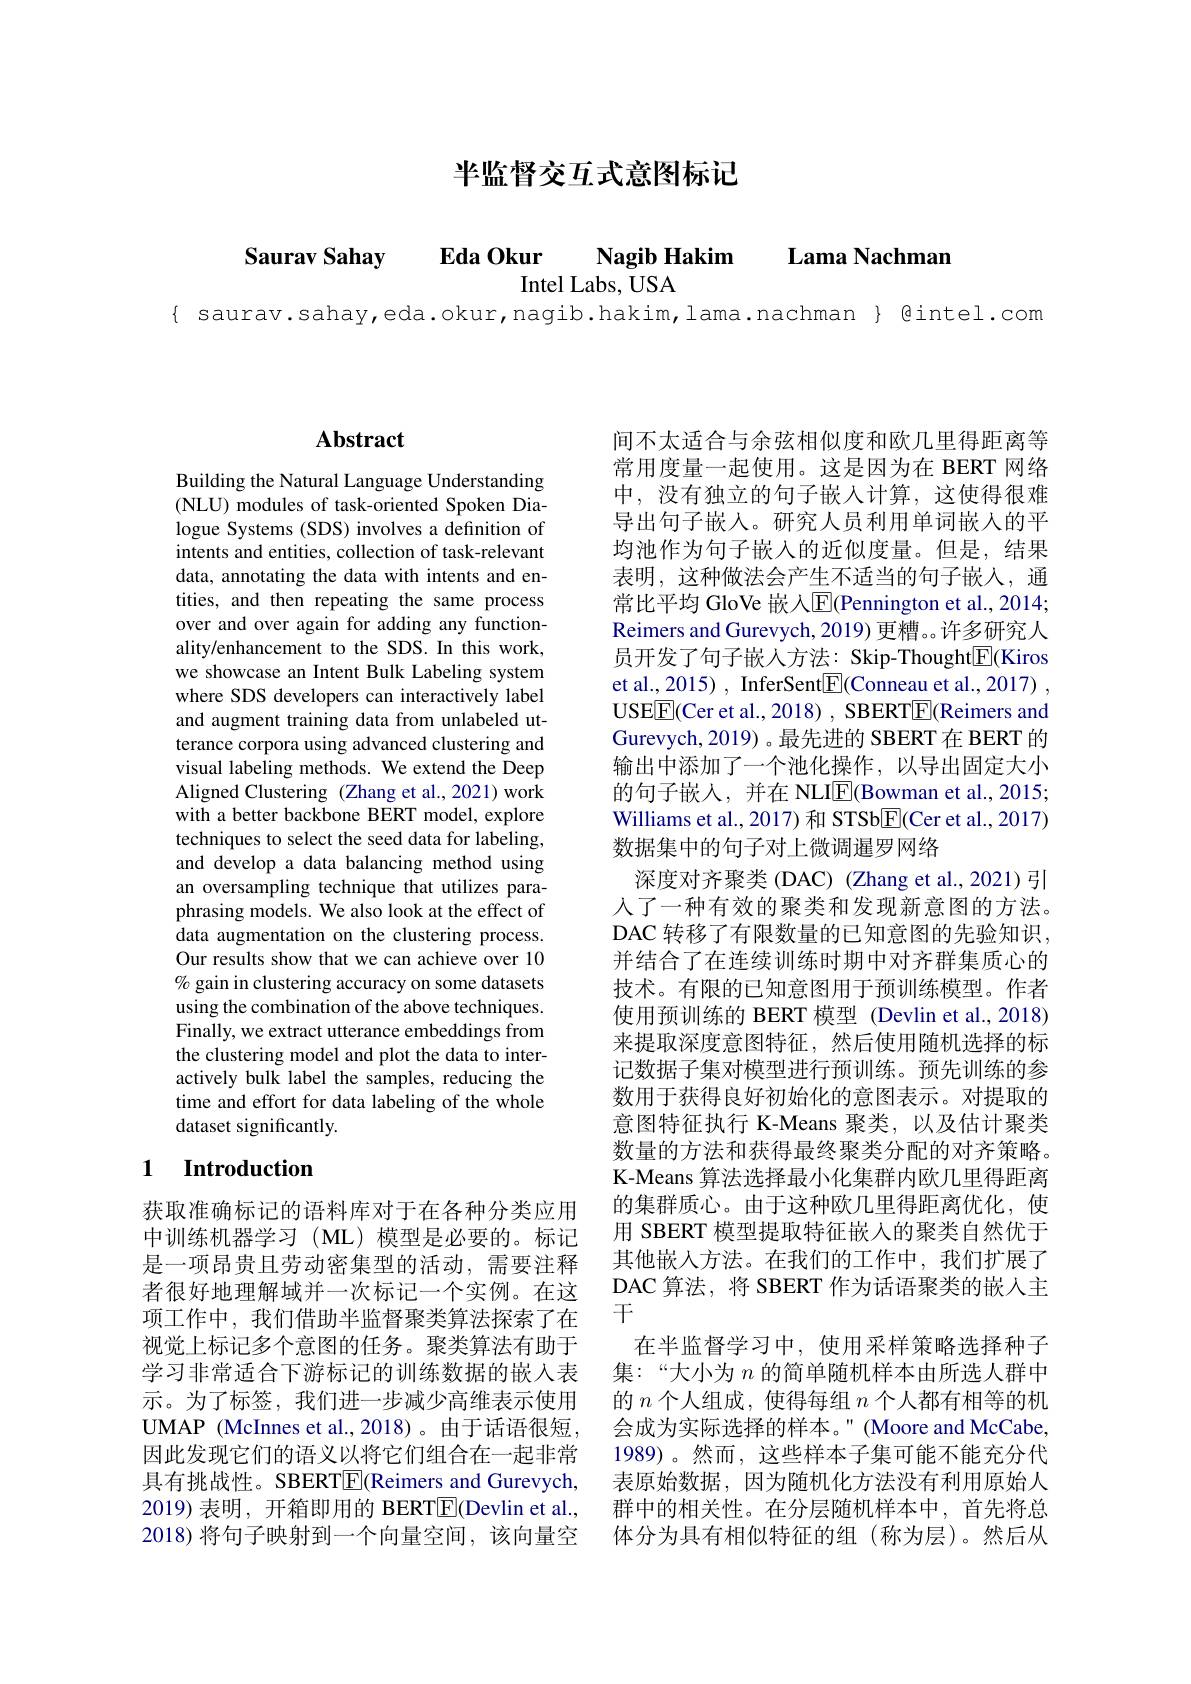
半监督交互式意图标记

$\textbf{Eda Okur}$ $\textbf{Nagib Hakim}$

Lama Nachman

Saurav Sahay

Intel Labs, USA

{ saurav.sahay,eda.okur,nagib.hakim,lama.nachman} βintel.com

## $\mathbf{Abstract}$

Building the Natural Language Understanding (NLU) modules of task-oriented Spoken Dialogue Systems (SDS) involves a definition of intents and entities, collection of task-relevant data, annotating the data with intents and entities, and then repeating the same process over and over again for adding any functionality/enhancement to the SDS. In this work, we showcase an Intent Bulk Labeling system where SDS developers can interactively label and augment training data from unlabeled utterance corpora using advanced clustering and visual labeling methods. We extend the Deep Aligned Clustering (Zhang et al., 2021) work with a better backbone BERT model, explore techniques to select the seed data for labeling, and develop a data balancing method using an oversampling technique that utilizes paraphrasing models. We also look at the effect of data augmentation on the clustering process. Our results show that we can achieve over 10 % gain in clustering accuracy on some datasets using the combination of the above techniques. Finally, we extract utterance embeddings from the clustering model and plot the data to interactively bulk label the samples, reducing the time and effort for data labeling of the whole dataset significantly.

### 1 $\textbf{Introduction}$

获取准确标记的语料库对于在各种分类应用中训练机器学习(ML)模型是必要的。标记是一项昂贵且劳动密集型的活动，需要注释者很好地理解域并一次标记一个实例。在这项工作中，我们借助半监督聚类算法探索了在视觉上标记多个意图的任务。聚类算法有助于学习非常适合下游标记的训练数据的嵌入表示。为了标签，我们进一步减少高维表示使用UMAP (McInnes et al.,2018)。由于话语很短， 因此发现它们的语义以将它们组合在一起非常具有挑战性。SBERT$\boxed{\mathrm{E}}$(Reimers and Gurevych, 2019) 表明，开箱即用的 BERT$\boxed{\mathrm{F}}($Devlin et al., 2018) 将句子映射到一个向量空间，该向量空

间不太适合与余弦相似度和欧几里得距离等常用度量一起使用。这是因为在 BERT 网络中，没有独立的句子嵌人计算，这使得很难导出句子嵌入。研究人员利用单词嵌入的平均池作为句子嵌入的近似度量。但是，结果表明，这种做法会产生不适当的句子嵌人，通常比平均 GloVe 嵌入$\overline{\mathrm{E}}($Pennington et al., 2014; Reimers and Gurevych, 2019) 更糟。。许多研究人员开发了句子嵌人方法：Skip-Thought$\underline{\mathrm{E}}($Kiros et al., 2015) , InferSent$\underline{\mathrm{E}}($Conneau et al., 2017) , USE$\boxed{\mathrm{F}}$(Cer et al., 2018) , SBERT$\boxed{\mathrm{F}}$(Reimers and Gurevych, 2019) 。最先进的 SBERT 在 BERT 的输出中添加了一个池化操作，以导出固定大小的句子嵌人，并在 NLI$\overline{\mathrm{E}}($Bowman et al.,2015; Williams et al., 2017) 和 STSb$\underline{\mathrm{E}}($Cer et al., 2017) 数据集中的句子对上微调暹罗网络
深度对齐聚类 (DAC) (Zhang et al., 2021) 引人了一种有效的聚类和发现新意图的方法。DAC 转移了有限数量的已知意图的先验知识， 并结合了在连续训练时期中对齐群集质心的技术。有限的已知意图用于预训练模型。作者使用预训练的 BERT 模型 (Devlin et al., 2018) 来提取深度意图特征，然后使用随机选择的标记数据子集对模型进行预训练。预先训练的参数用于获得良好初始化的意图表示。对提取的意图特征执行 K-Means 聚类，以及估计聚类数量的方法和获得最终聚类分配的对齐策略。K-Means 算法选择最小化集群内欧几里得距离的集群质心。由于这种欧几里得距离优化，使用 SBERT 模型提取特征嵌入的聚类自然优于其他嵌人方法。在我们的工作中，我们扩展了DAC 算法，将 SBERT 作为话语聚类的嵌入主干
在半监督学习中，使用采样策略选择种子集：“大小为$n$的简单随机样本由所选人群中的$n$个人组成，使得每组$n$个人都有相等的机会成为实际选择的样本。" (Moore and McCabe, 1989)。然而，这些样本子集可能不能充分代表原始数据，因为随机化方法没有利用原始人群中的相关性。在分层随机样本中，首先将总体分为具有相似特征的组(称为层)。然后从